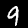
Digit: 9